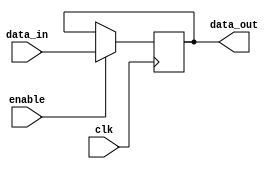
module hold_condition (
    input wire clk,         // Clock signal
    input wire enable,      // Enable signal for hold condition
    input wire [7:0] data_in, // Input data to update state
    output reg [7:0] data_out // Output data representing current state
);

    // Initial state
    initial begin
        data_out = 8'b0; // Initialize to zero
    end

    // Always block triggered on the rising edge of the clock
    always @(posedge clk) begin
        if (enable) begin
            // Update the internal state if enable is high (hold condition not asserted)
            data_out <= data_in;
        end
        // If enable is low, retain the current state (hold condition is asserted)
    end
    
endmodule